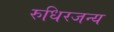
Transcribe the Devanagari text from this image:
रुधिरजन्य